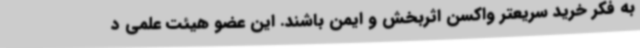
به فکر خرید سریعتر واکسن اثربخش و ایمن باشند. این عضو هیئت علمی د